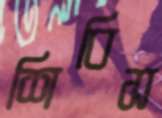
শিবিস